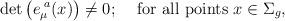
LaTeX: \begin{align*}{\rm det} \left(e_{\mu}^{\,\,a}(x)\right) \neq 0; \,\,\,\,\, \mbox{ for all points } x\in \Sigma_{g},\end{align*}